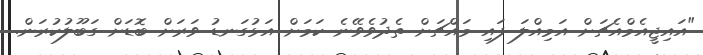
"އައިޖީއެމްއެޗަށް އަމިއްލަ ފައި މައްޗަށް ތެދުވެވޭނެ ކަމަށް އަޅުގަނޑު ވަރަށް ބޮޑަށް ގަބޫލުކުރަން.